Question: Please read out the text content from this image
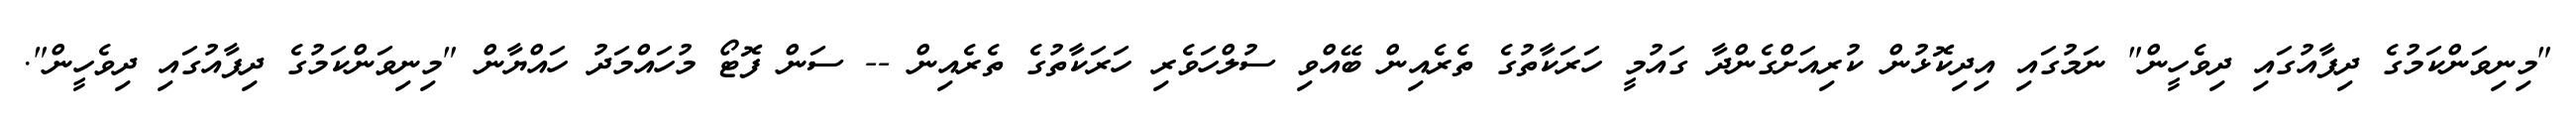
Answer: "މިނިވަންކަމުގެ ދިފާއުގައި ދިވެހީން" ނަމުގައި އިދިކޮޅުން ކުރިއަށްގެންދާ ގައުމީ ހަރަކާތުގެ ތެރެއިން ބޭއްވި ސުލްހަވެރި ހަރަކާތުގެ ތެރެއިން -- ސަން ފޮޓޯ މުހައްމަދު ހައްޔާން "މިނިވަންކަމުގެ ދިފާއުގައި ދިވެހީން".